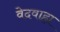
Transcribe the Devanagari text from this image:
वेदवाह्य